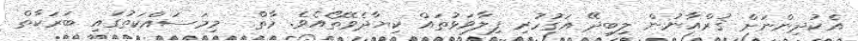
އެކުދިންނަށް ޤުރްއާނުން ލިބިދޭ އަގުހުރި ފިލާވަޅުތައް ކިޔާދެވޭތޯއެވެ. މާތް  މިމަސައްކަތުގައި ބަަރަކާތް